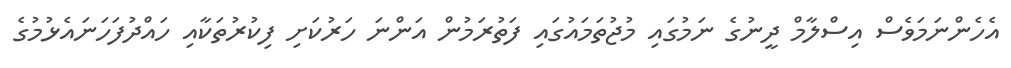
އެހެންނަމަވެސް އިސްލާމް ދީނުގެ ނަމުގައި މުޖުތަމައުގައި ފަތުރަމުން އަންނަ ހަރުކަށި ފިކުރުތަކާއި ހައްދުފަހަނައެޅުމުގެ